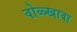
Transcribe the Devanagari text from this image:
वोळ्खावा